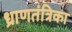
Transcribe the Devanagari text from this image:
ध्राणतंत्रिका